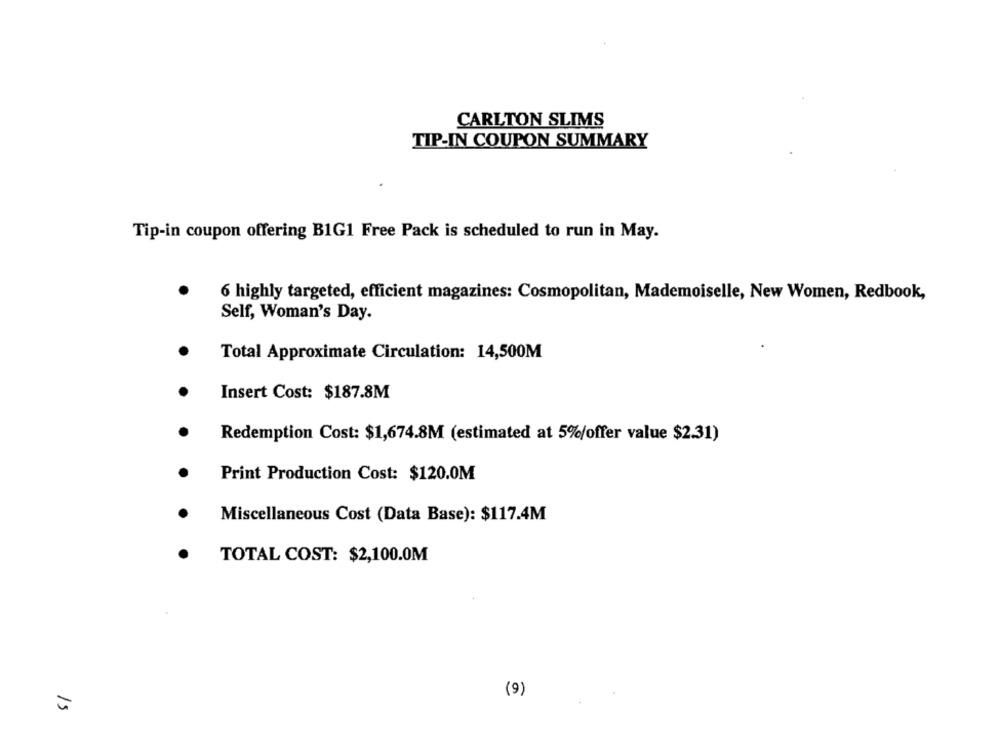
CARLTON SLIMS
TIP-IN COUPON SUMMARY
Tip-in coupon offering B1G1 Free Pack is scheduled to run in May.
6 highly targeted, efficient magazines: Cosmopolitan, Mademoiselle, New Women, Redbook,
Self, Woman's Day.
Total Approximate Circulation: 14,500M
Insert Cost: $187.8M
Redemption Cost: $1,674.8M (estimated at 5%/offer value $2.31)
Print Production Cost: $120.0M
Miscellaneous Cost (Data Base): $117.4M
TOTAL COST: $2,100.0M
(9)
15